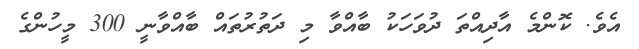
އެވެ. ކޮންމެ އާދިއްތަ ދުވަހަކު ބާއްވާ މި ދަތުރުތައް ބާއްވާނީ 300 މީހުންގެ